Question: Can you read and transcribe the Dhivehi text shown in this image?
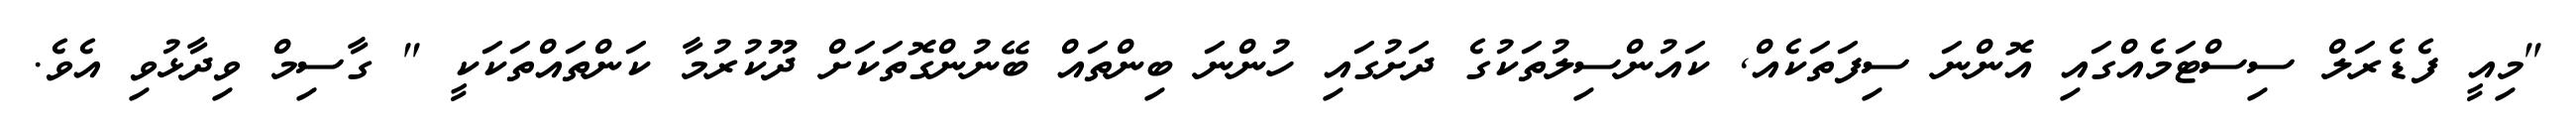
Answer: "މިއީ ފެޑެރަލް ސިސްޓަމެއްގައި އޮންނަ ސިފަތަކެއް, ކައުންސިލުތަކުގެ ދަށުގައި ހުންނަ ބިންތައް ބޭނުންގޮތަކަށް ދޫކުރުމާ ކަންތައްތަކަކީ " ގާސިމް ވިދާޅުވި އެވެ.